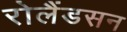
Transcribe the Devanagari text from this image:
रोलैंडसन